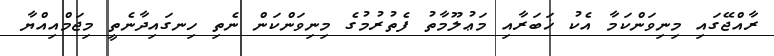
ރާއްޖޭގައި މިނިވަންކަމާ އެކު ޚަބަރާއި މަޢުލޫމާތު ފެތުރުމުގެ މިނިވަންކަން ނެތި ހިނގައިދާނެތީ މިޖަމްއިއްޔާ